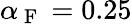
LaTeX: \alpha_{\mathrm{~F~}}=0.25